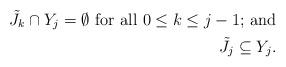
LaTeX: \begin{align*}\tilde{J}_k \cap Y_j = \emptyset\ \textrm{for all $ 0 \leq k \leq j-1 $; and} \\\tilde{J}_j \subseteq Y_j. \end{align*}